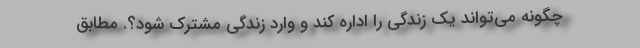
چگونه می‌تواند یک زندگی را اداره کند و وارد زندگی مشترک شود؟. مطابق